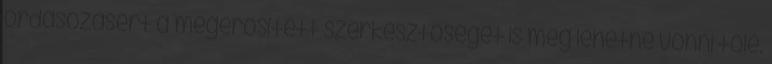
ordasozásért a megerősített szerkesztőséget is meg lehetne vonni tőle.